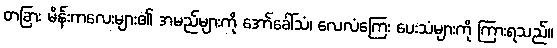
တခြား မိန်းကလေးများ၏ အမည်များကို အော်ခေါ်သံ၊ လေလံကြေး ပေးသံများကို ကြားရသည်။